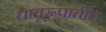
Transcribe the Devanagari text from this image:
धातूरूपातील